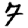
Digit: 7